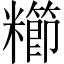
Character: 𫃖